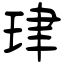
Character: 珒